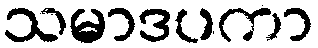
သမာဒပကာ